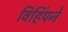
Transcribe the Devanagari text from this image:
विहिंपने